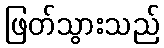
ဖြတ်သွားသည်